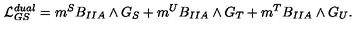
{ \cal L } _ { G S } ^ { d u a l } = m ^ { S } B _ { I I A } \wedge G _ { S } + m ^ { U } B _ { I I A } \wedge G _ { T } + m ^ { T } B _ { I I A } \wedge G _ { U } .